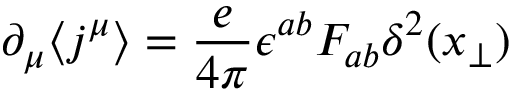
\partial _ { \mu } \langle j ^ { \mu } \rangle = \frac { e } { 4 \pi } \epsilon ^ { a b } F _ { a b } \delta ^ { 2 } ( x _ { \perp } )